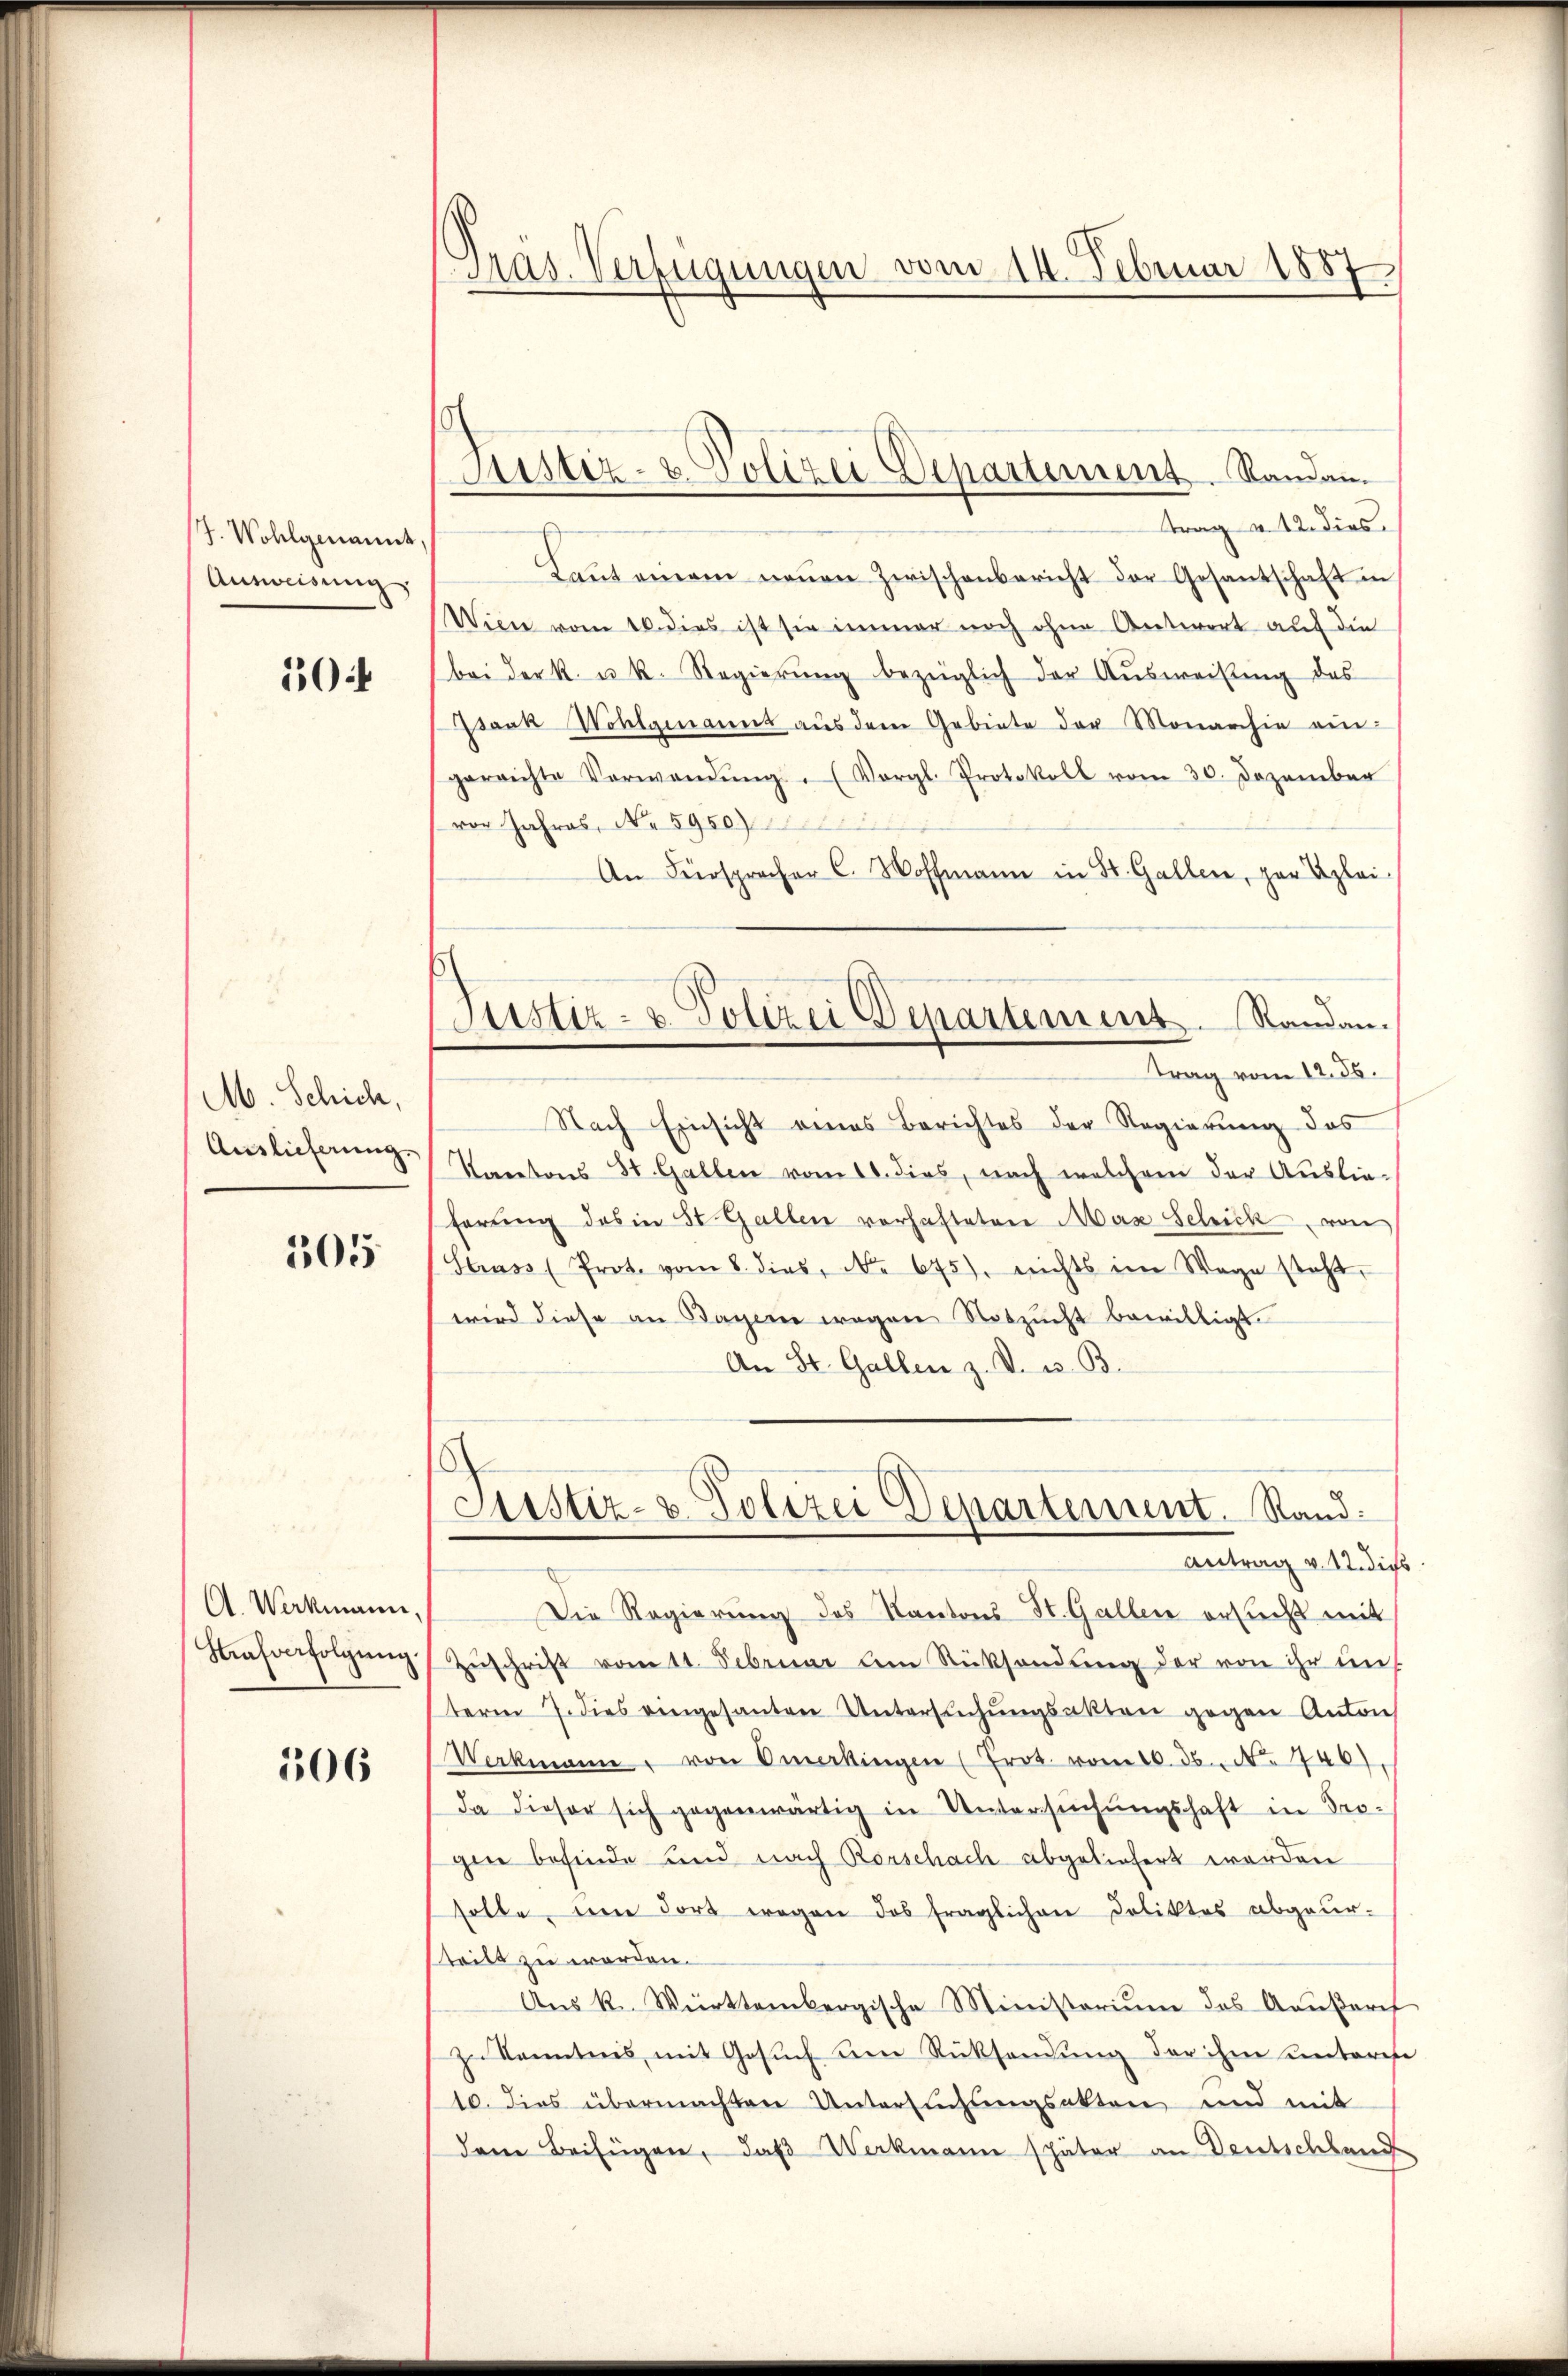
J. Wohlgenannt,
Ausweisung

0

M. Schich,
Auslieferung.

505.

A. Werkmann,
Hausverfolgŭng.

106

Präs. Verfügungen vom 14. Februar 1887

Justiz- & Polizei Departement Randan

Justiz- & Polizei Departement Randan

trag v. 12. dies
Laŭt einem neŭen Zwischenbericht der Gesantschaft in
Wien vom 16. dies ist sie immer noch ohne Antwort auf die
bei der k. u. k. Regierŭng bezüglich der Aŭsweisung des
Isaak Wohlgenannt aŭs dem Gebiete der Monarchie ein-
gerrichte Verwendŭng. (Vergl. Protokoll vom 30. Dezember
vor Jahres, No 5980)
An Fürspracher C. Woffmann in St. Gallen, zur Blei
trag vom 12. 55.
Nach Einsicht eines Berichtes der Regierung des
Kantons 31. Gallen vom 10. dies, nach welchem der Auslieferung des in St. Gallen vorhafteten Mas Schick von
Strass (Prot. vom 8. dies, No. 675), nichts im Wege steht.
wird diese an Bagen wegen Notzucht bewilligt.
An St. Gallen z. V. u. B.
Liustiz- u. Polizei Departement. Stand:
Antrag v. 12. dies
Die Regierung des Kantons St. Gallen ersucht mit
Zŭschrift vott. Februar am Rücksendung der von ihr uns
term 7. dies eingesanten Untersŭchŭngsakten gegen Anton
Vockmann, von Omarkingen (Erot. vom 16. 36. No. 4461.
da dieser sich gegenwärtig in Untersŭchŭngschaft in Pro-
gine befinde und nach Rorschach abgeliefert werden
solle, um dort wegen das fraglichen Doliktes abgeur-
steilt zu worden.
Aŭs K. Württembergische Ministoriŭm das Aŭβeres
z Kenntnis mit Gesŭch um Rücksendung der ihm unterese
10. dies übermachten Untersuchungsakten und mit
dem Beifügen, daß Werkmann später an Deutschland